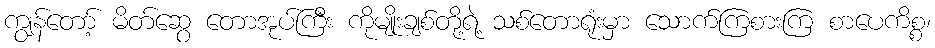
ကျွန်တော့် မိတ်ဆွေ တောအုပ်ကြီး ကိုမျိုးချစ်တို့ရဲ့ သစ်တောရုံးမှာ သောက်ကြစားကြ စာပေကိစ္စ၊